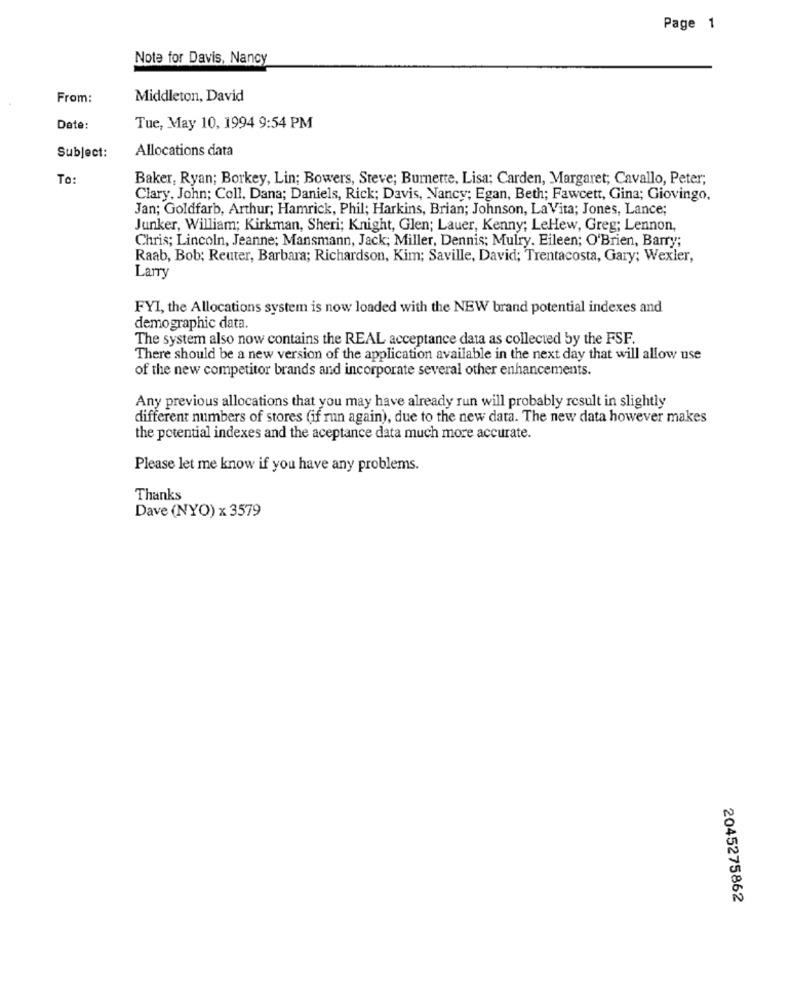
Page 1
Note for Davis, Nancy
From:
Middleton, David
Date:
Tue, May 10, 1994 9:54 PM
Allocations data
Subject:
To:
Baker, Ryan; Borkey, Lin; Bowers, Steve; Burnette, Lisa; Carden, Margaret; Cavallo, Peter;
Clary, John; Coll, Dana; Daniels, Rick; Davis, Nancy; Egan, Beth; Fawcett, Gina; Giovingo,
Jan; Goldfarb, Arthur; Hamrick, Phil; Harkins, Brian; Johnson, La Vita; Jones, Lance;
Junker, William; Kirkman, Sheri; Knight, Glen; Lauer, Kenny; LeHew, Greg; Lennon,
Chris; Lincoln, Jeanne; Mansmann, Jack; Miller, Dennis; Mulry. Eileen; O'Brien, Barry;
Raab, Bob; Reuter, Barbara; Richardson, Kim; Saville, David; Trentacosta, Gary; Wexler,
Larry
FYI, the Allocations system is now loaded with the NEW brand potential indexes and
demographic data.
The system also now contains the REAL acceptance data as collected by the FSF.
There should be a new version of the application available in the next day that will allow use
of the new competitor brands and incorporate several other enhancements.
Any previous allocations that you may have already run will probably result in slightly
different numbers of stores (if run again), due to the new data. The new data however makes
the potential indexes and the aceptance data much more accurate.
Please let me know if you have any problems.
Thanks
Dave (NYO) x 3579
2045275862